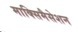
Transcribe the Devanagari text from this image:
माक्सिमैसेशन